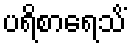
ပရိစာရေသိံ